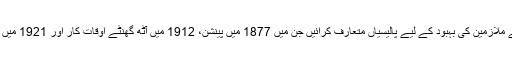
ٹاٹا نے کسی قانونی پابندی کے بغیر خود ہی اپنے ملازمین کی بہبود کے لیے پالیسیاں متعارف کرائیں جن میں 1877 میں پینشن، 1912 میں آٹھ گھنٹے اوقات کار اور 1921 میں ماں بنے والی خواتین کے لیے مراعات شامل ہیں۔